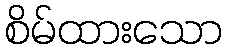
စိမ်ထားသော